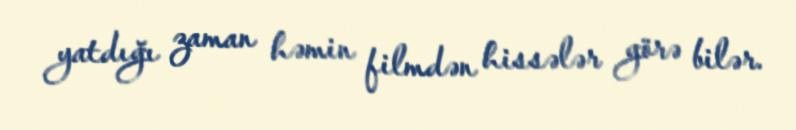
yatdığı zaman həmin filmdən hissələr görə bilər.